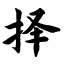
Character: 择